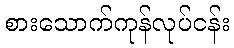
စားသောက်ကုန်လုပ်ငန်း